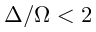
\Delta / \Omega < 2